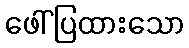
ဖေါ်ပြထားသော